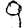
Digit: 9